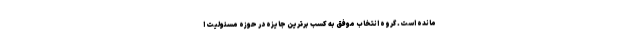
مانده است. گروه انتخاب موفق به کسب برترین جایزه در حوزه مسئولیت ا